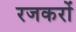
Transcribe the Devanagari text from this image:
रजकरों